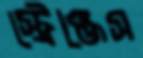
স্ট্রেঞ্জেস